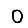
Digit: 0